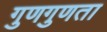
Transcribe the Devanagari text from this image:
गुणगुणता